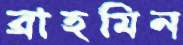
ব্রাহমিন